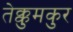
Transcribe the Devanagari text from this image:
तेक्कुमकुर